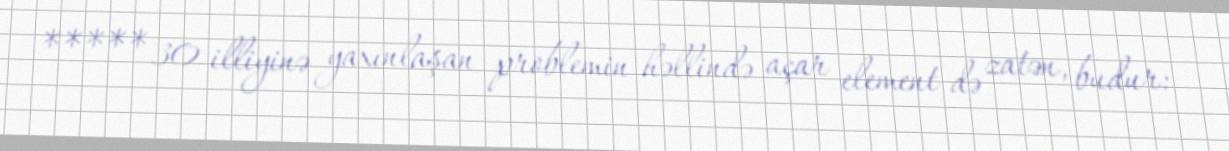
***** 30 illiyinə yaxınlaşan problemin həllində açar element də zatən, budur: